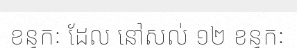
ខន្ធកៈ ដែល នៅសល់ ១២ ខន្ធកៈ